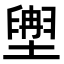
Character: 𫮩